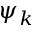
\psi _ { k }